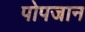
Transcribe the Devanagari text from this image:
पोपजान